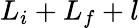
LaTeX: {L}_{i}+{L}_{f}+{l}